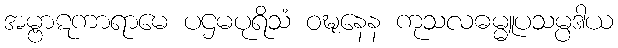
အမ္ဗာဋကာရာမေ ပဌမပုရိသံ ဝဍ္ဎနေန ကုသလဓမ္မူပသမ္ပဒါယ